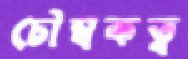
চৌম্বকত্ব